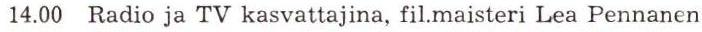
14.00 Radio ja TV kasvattajina, fil.maisteri Lea Pennanen